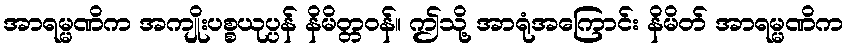
အာရမ္မဏိက အကျိုးပစ္စယုပ္ပန် နိမိတ္တဝန်။ ဤသို့ အာရုံအကြောင်း နိမိတ် အာရမ္မဏိက